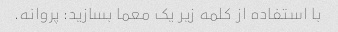
با استفاده از کلمه زیر یک معما بسازید: پروانه.